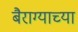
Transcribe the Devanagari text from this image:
बैराग्याच्या